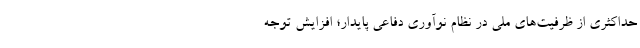
حداکثری از ظرفیت‌های ملی در نظام نوآوری دفاعی پایدار؛ افزایش توجه